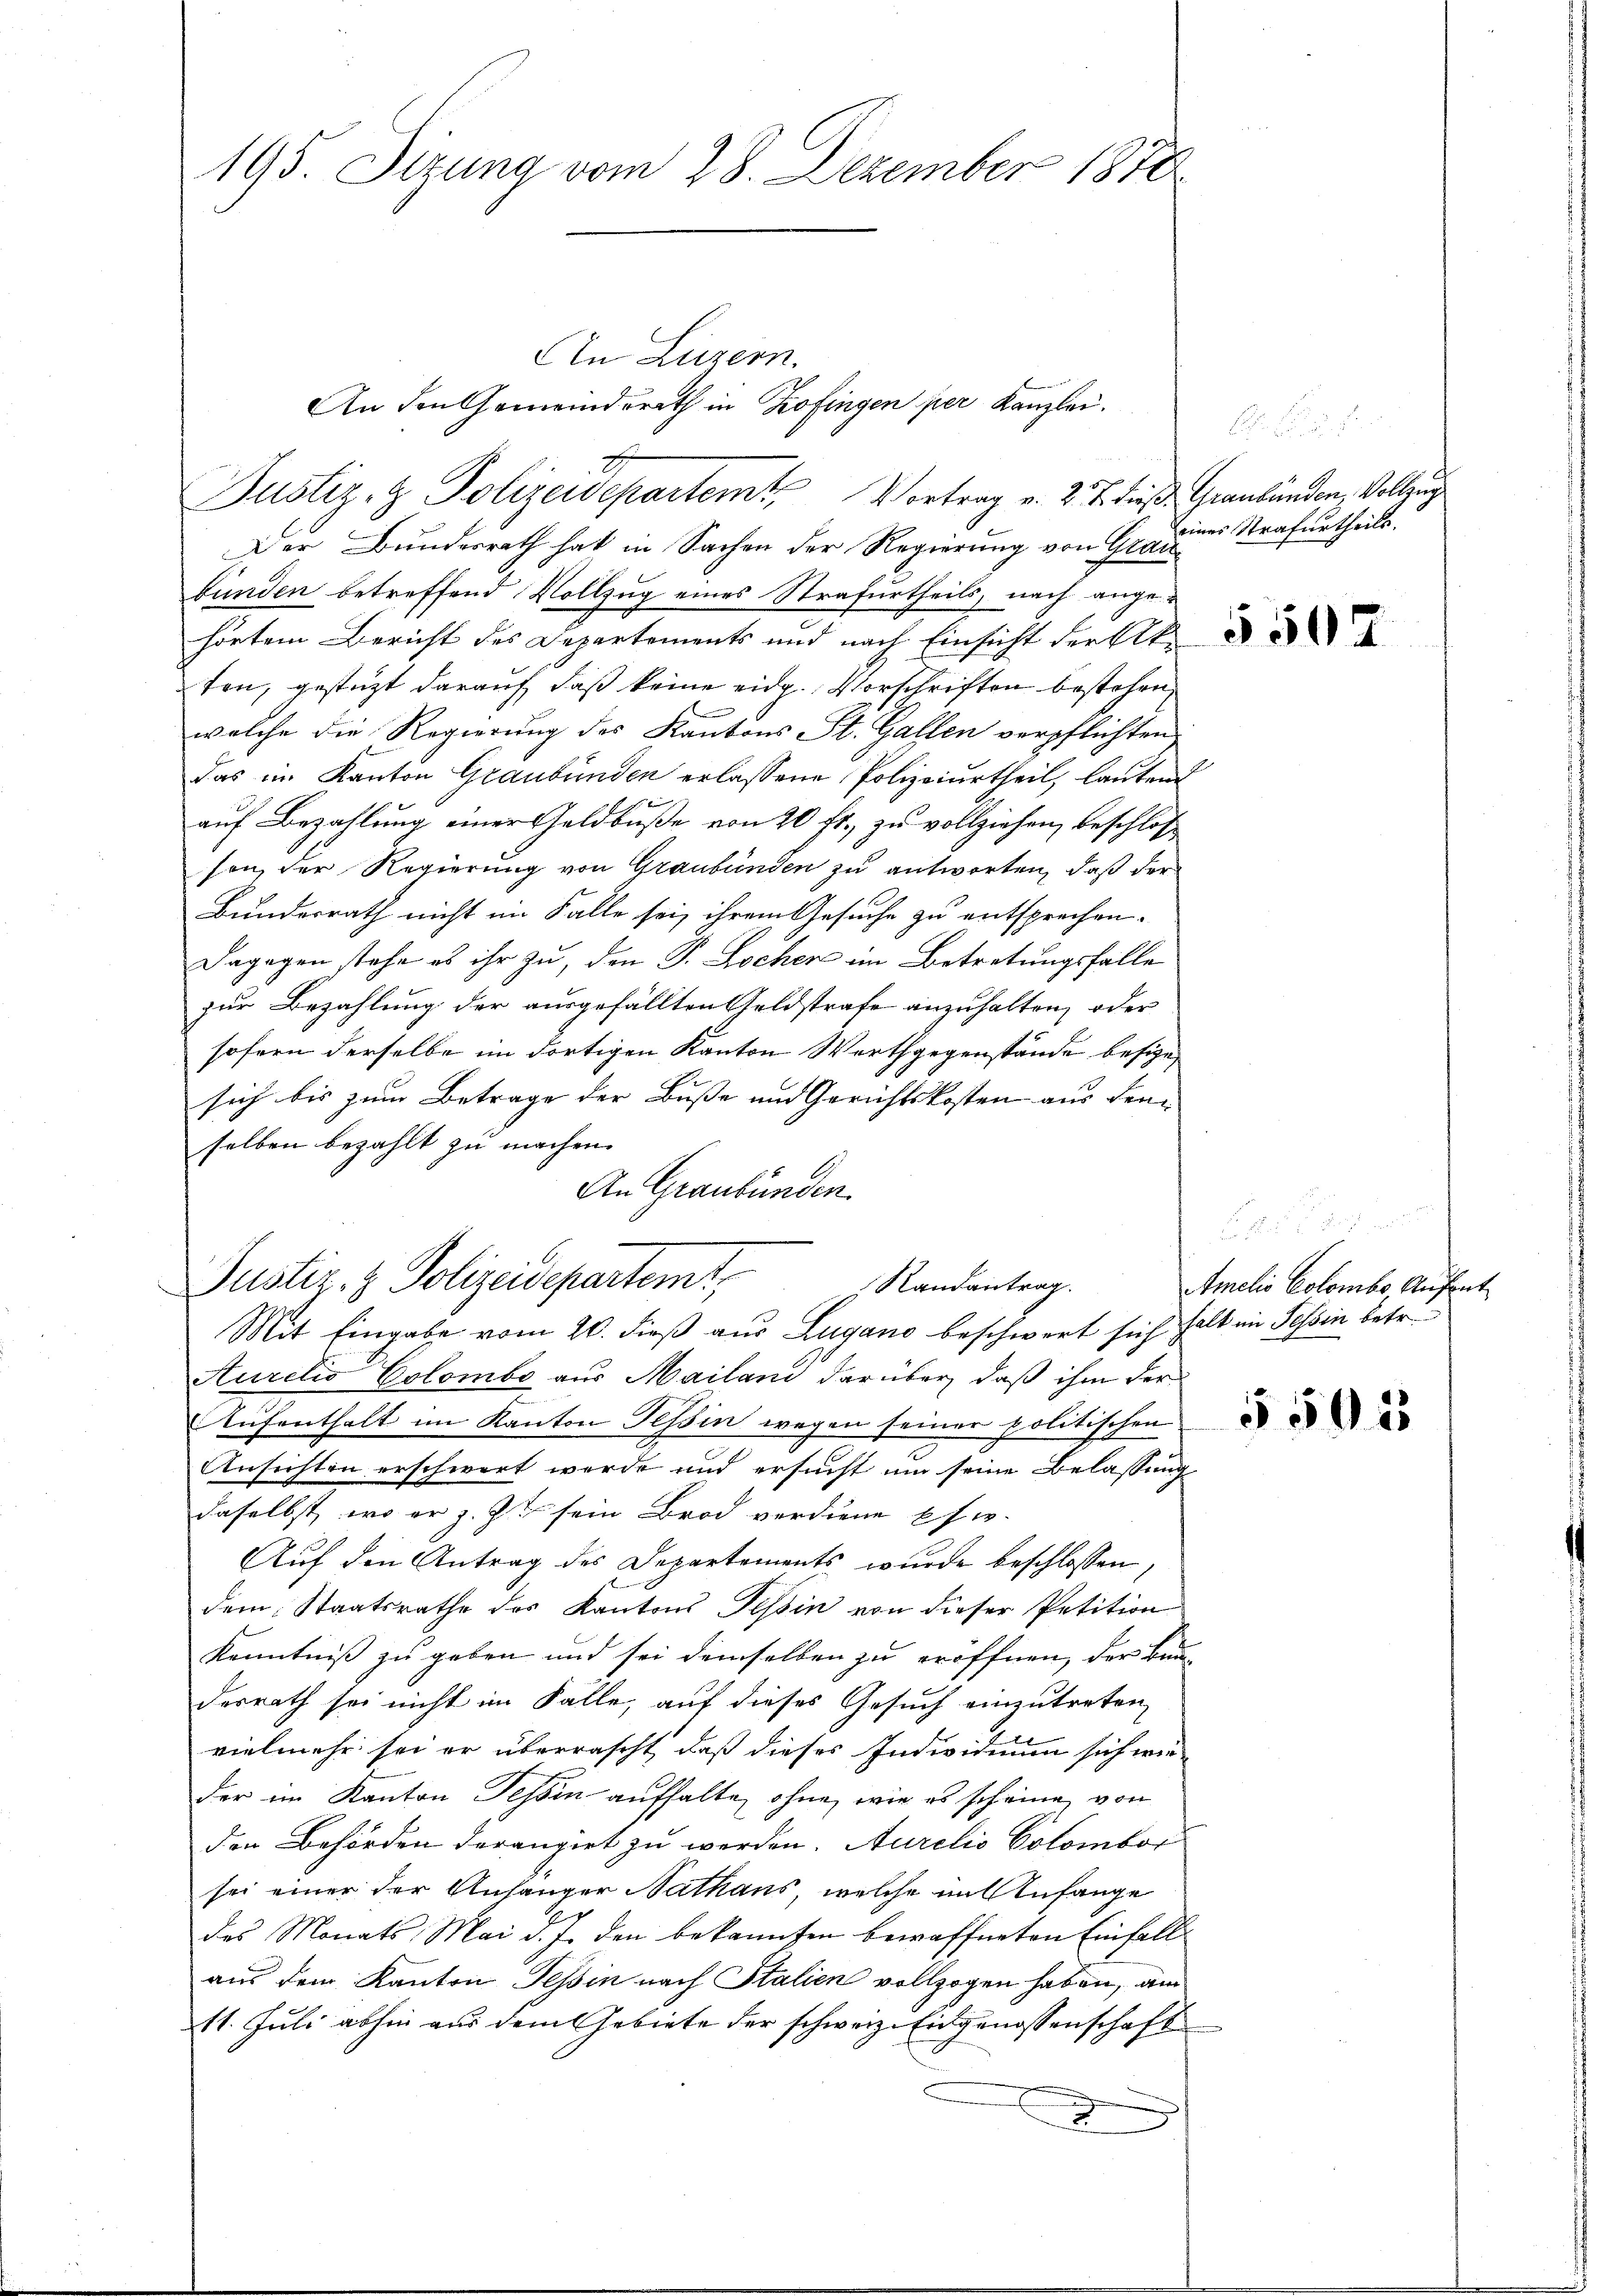
195. Sitzung vom 28. Dezember 1870

An Luzern.
An den Gemeinderath in Zofingen per Kanzlei.
Justiz- & Polizeidepartem Vortrag v. 2. 7. die Graubünden, Vollzug
Der Bundesrath hat in Sachen der Regierung von Graubunden betreffend Vollzug eines Strafurtheils, nach angehörtem Bericht des Departements und nach Einsicht der Ak
ten, gestützt darauf, daß keine eidg. Vorschriften bestehen
n
welche die Regierung des Kantons St. Gallen verpflichten
das im Kanton Graubünden erlassene Polizeiurtheil, lautend
auf Bezahlung einer Geldbuße von 20 fr., zu vollziehen, beschlosse
son, der Regierung von Graubünden zu antworten, daß der
Bundesrath nicht im Falle sei, ihrem Gesuche zu entsprechen.
Dagegen stehe es ihr zu, den P. Locher im Betretungsfalle
zur Bezahlung der ausgefällten Geldstrafe anzuhalten, oder
sofern derselbe im dortigen Kanton Werthgegenstände besizesich bis zum Betrage der Buße und Gerichtskosten aus den
selben bezahlt zu machen.
An Graubünden.

Justiz- & Polizeidepartemt,
Randantrag.

Mit Eingabe vom 20. dieß aus Zugano beschwert sich halt im Tessin betr.
Auretis Colombe aus Mailand darüber, daß ihm der
Aŭfenthalt im Kanton Tessin wegen seiner politischen
Ansichten erschwert werde und ersucht um seine Belassung
daselbst, wo er z. Zt sein Brod verdiene pfer-
Auf den Antrag des Departements wurde beschlossen,
dem Staatsrathe des Kantons Tessin von dieser Petition
Kenntniß zu geben und sei demselben zu eröffnen, der Bundesrath sei nicht im Falle, auf dieses Gesuch einzutreten,
vielmehr sei er überrascht, daß dieses Individium sich wie
der im Kanton Tessin aufhalte, ohne, wie es scheine von
den Behörden derangirt zu werden. Aurelis Colombor
sei einer der Anhänger Nathaus, welche im Anfange
des Monats Mai d. J. den bekannten bewaffneten Einfall
aus dem Kanton Tessin nach Italien vollzogen haben, am
11. Juli abhin aus dem Gebiete der schweiz. Eidgenossenschaft

seiner Strafurtheils.

5505

Amelis Colombe, Aufent